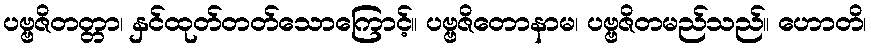
ပဗ္ဗဇိတတ္တာ၊ နှင်ထုတ်တတ်သောကြောင့်။ ပဗ္ဗဇိတောနာမ၊ ပဗ္ဗဇိတမည်သည်။ ဟောတိ၊